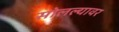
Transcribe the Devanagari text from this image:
सोलल्यावर